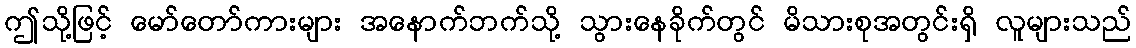
ဤသို့ဖြင့် မော်တော်ကားများ အနောက်ဘက်သို့ သွားနေခိုက်တွင် မိသားစုအတွင်းရှိ လူများသည်